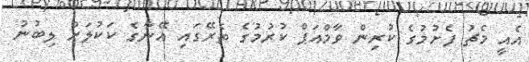
އެއީ މެޗު ފެށުމުގެ ކުރިން ވާމްއަޕް ކުރުމުގެ ތެރޭގައި އޭނާގެ ކަކުލަށް ލިބުނު